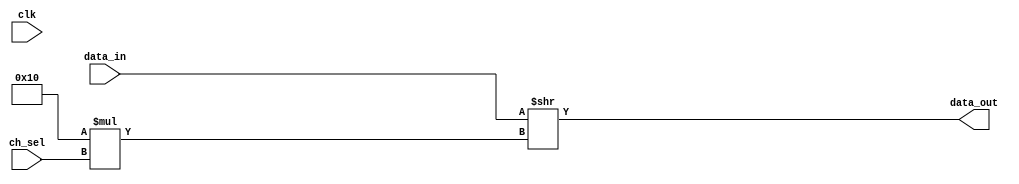
// ***************************************************************************
// ***************************************************************************
// Copyright 2014 - 2017 (c) Analog Devices, Inc. All rights reserved.
//
// In this HDL repository, there are many different and unique modules, consisting
// of various HDL (Verilog or VHDL) components. The individual modules are
// developed independently, and may be accompanied by separate and unique license
// terms.
//
// The user should read each of these license terms, and understand the
// freedoms and responsibilities that he or she has by using this source/core.
//
// This core is distributed in the hope that it will be useful, but WITHOUT ANY
// WARRANTY; without even the implied warranty of MERCHANTABILITY or FITNESS FOR
// A PARTICULAR PURPOSE.
//
// Redistribution and use of source or resulting binaries, with or without modification
// of this file, are permitted under one of the following two license terms:
//
//   1. The GNU General Public License version 2 as published by the
//      Free Software Foundation, which can be found in the top level directory
//      of this repository (LICENSE_GPL2), and also online at:
//      <https://www.gnu.org/licenses/old-licenses/gpl-2.0.html>
//
// OR
//
//   2. An ADI specific BSD license, which can be found in the top level directory
//      of this repository (LICENSE_ADIBSD), and also on-line at:
//      https://github.com/analogdevicesinc/hdl/blob/master/LICENSE_ADIBSD
//      This will allow to generate bit files and not release the source code,
//      as long as it attaches to an ADI device.
//
// ***************************************************************************
// ***************************************************************************

`timescale 1ns/100ps

module ad_mux_core #(
  parameter CH_W = 16,
  parameter CH_CNT = 8,
  parameter EN_REG = 0
) (
  input clk,
  input [CH_W*CH_CNT-1:0] data_in,
  input [$clog2(CH_CNT)-1:0] ch_sel,
  output [CH_W-1:0] data_out
);

  wire [CH_W-1:0] data_out_loc;

  assign data_out_loc = data_in >> CH_W*ch_sel;

  generate if (EN_REG) begin
    reg [CH_W-1:0] data_out_reg;
    always @(posedge clk) begin
      data_out_reg <= data_out_loc;
    end
    assign data_out = data_out_reg;
  end else begin
    assign data_out = data_out_loc;
  end
  endgenerate

endmodule